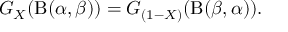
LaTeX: G _ { X } ( \mathrm { B } ( \alpha , \beta ) ) = G _ { ( 1 - X ) } ( \mathrm { B } ( \beta , \alpha ) ) .